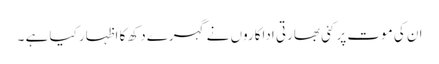
ان کی موت پر کئی بھارتی اداکاروں نے گہرے دکھ کا اظہار کیا ہے ۔